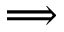
\Longrightarrow